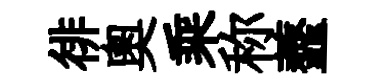
徘奥乘称虀